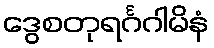
ဒွေစတုရင်္ဂဂါမိနံ